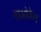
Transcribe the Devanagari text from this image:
गाओफेन